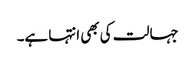
جہالت کی بھی انتہا ہے۔